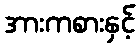
အားကစားနှင့်